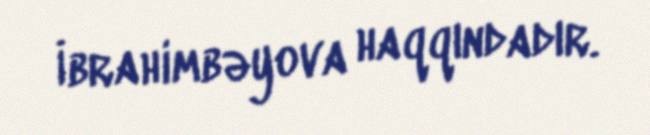
İbrahimbəyova haqqındadır.